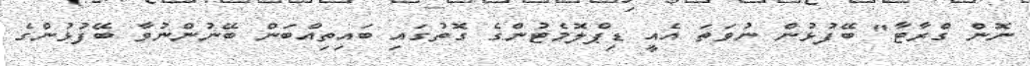
ނޮން ގްރާޓާ" ބޭފުޅުން ނުވަތަ އެއީ ޑިޕްލޮމެޓުންގެ ގޮތުގައި ބައިތިއްބަން ބޭނުންނުވާ ބޭފުޅުންގެ